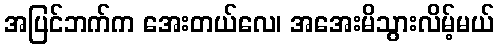
အပြင်ဘက်က အေးတယ်လေ၊ အအေးမိသွားလိမ့်မယ်